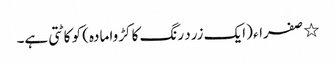
٭ صفراء (ایک زرد رنگ کا کڑوا مادہ) کو کاٹتی ہے۔